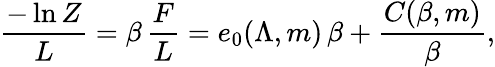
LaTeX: {\frac{-\ln Z}{L}}=\beta\, {\frac{F}{L}}=e_{0}(\Lambda,m)\, \beta+{\frac{C(\beta,m)}{\beta}},